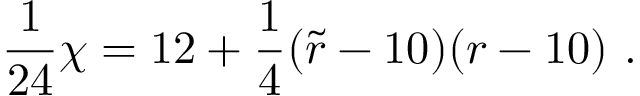
{ \frac { 1 } { 2 4 } } \chi = 1 2 + { \frac { 1 } { 4 } } ( { \widetilde r } - 1 0 ) ( r - 1 0 ) ~ .